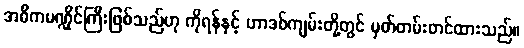
အဓိကမဏ္ဍိုင်ကြီးဖြစ်သည်ဟု ကိုရန်နှင့် ဟာဒစ်ကျမ်းတို့တွင် မှတ်တမ်းတင်ထားသည်။